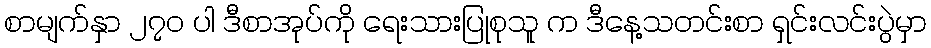
စာမျက်နှာ ၂၇၀ ပါ ဒီစာအုပ်ကို ရေးသားပြုစုသူ က ဒီနေ့သတင်းစာ ရှင်းလင်းပွဲမှာ